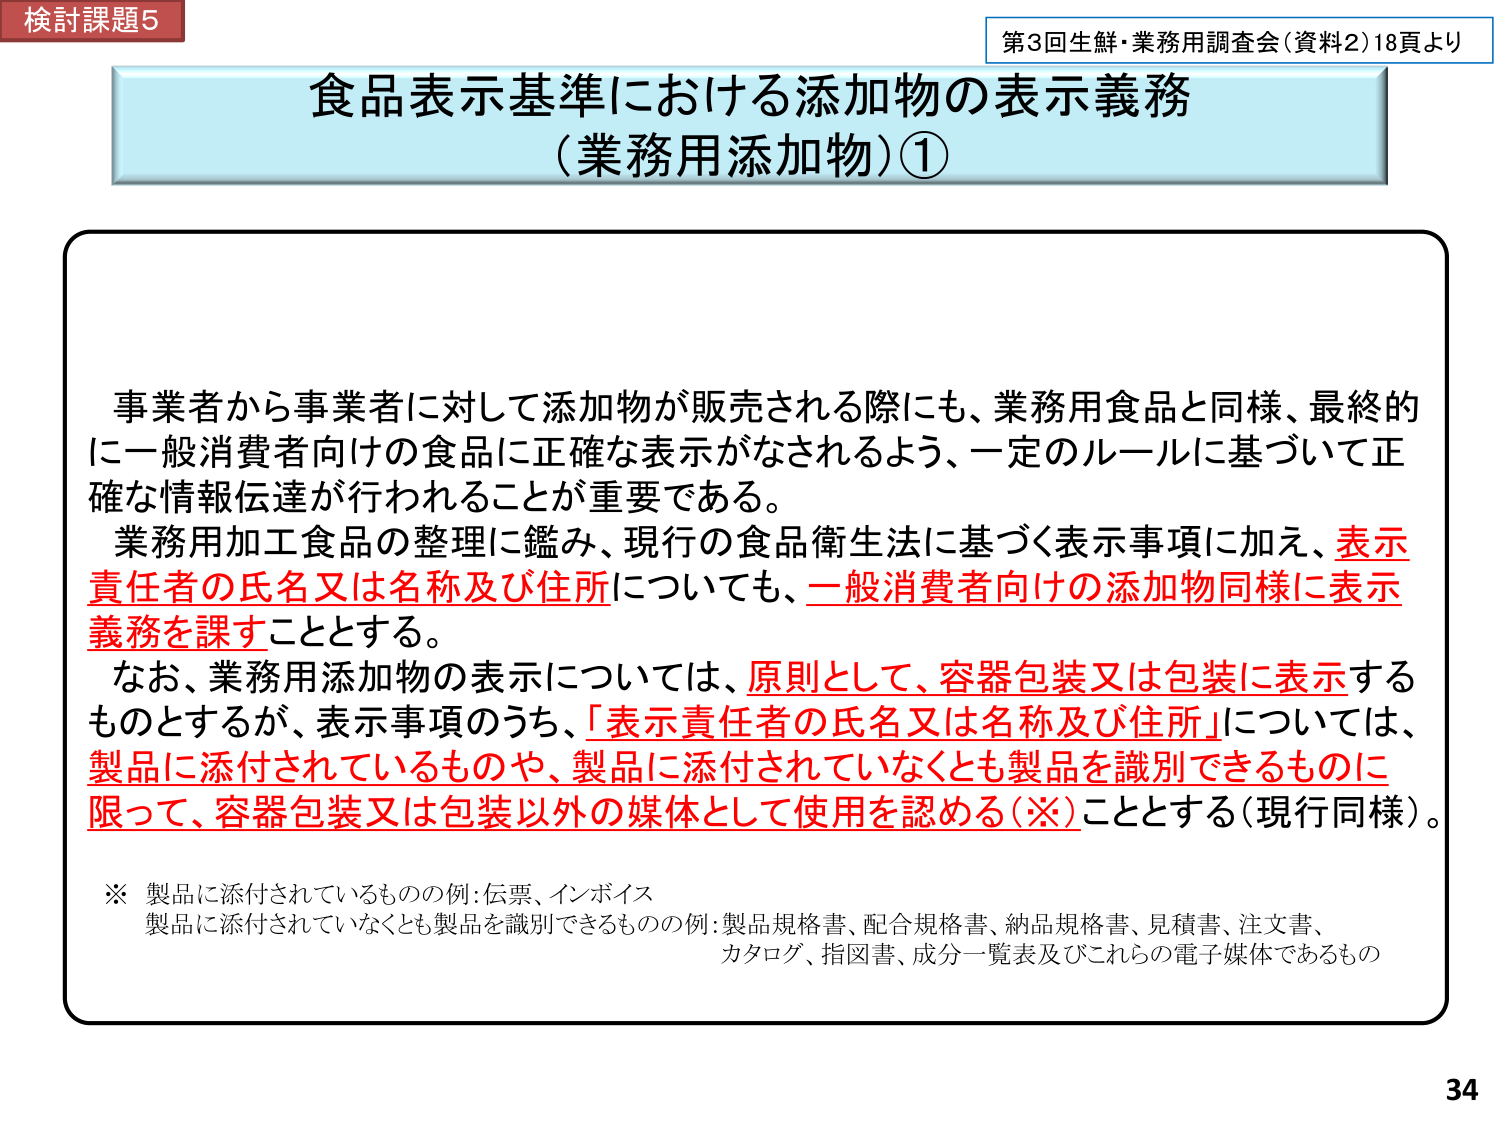
検討課題5
第3回生鮮・業務用調査会（資料2）18頁より

食品表示基準における添加物の表示義務
（業務用添加物）①

事業者から事業者に対して添加物が販売される際にも、業務用食品と同様、最終的に一般消費者向けの食品に正確な表示がなされるよう、一定のルールに基づいて正確な情報伝達が行われることが重要である。
業務用加工食品の整理に鑑み、現行の食品衛生法に基づく表示事項に加え、**表示責任者の氏名又は名称及び住所**についても、**一般消費者向けの添加物同様に表示義務を課すこととする**。
なお、業務用添加物の表示については、**原則として、容器包装又は包装に表示するものとする**が、表示事項のうち、「**表示責任者の氏名又は名称及び住所**」については、**製品に添付されているものや、製品に添付されていなくとも製品を識別できるものに限って、容器包装又は包装以外の媒体として使用を認める（※）こととする（現行同様）**。

※ 製品に添付されているものの例：伝票、インボイス
　製品に添付されていなくとも製品を識別できるものの例：製品規格書、配合規格書、納品規格書、見積書、注文書、カタログ、指図書、成分一覧表及びこれらの電子媒体であるもの

34